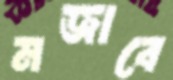
মজাবে